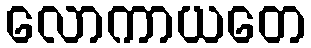
လောကာယတေ